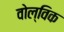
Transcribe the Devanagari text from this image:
वोल्विक